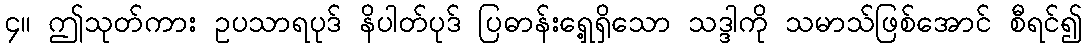
၄။ ဤသုတ်ကား ဥပသာရပုဒ် နိပါတ်ပုဒ် ပြဓာန်းရှေ့ရှိသော သဒ္ဒါကို သမာသ်ဖြစ်အောင် စီရင်၍